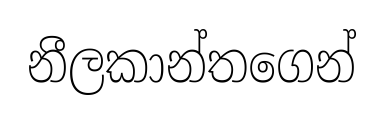
නීලකාන්තගෙන්